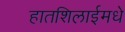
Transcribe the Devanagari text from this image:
हातशिलाईमधे